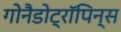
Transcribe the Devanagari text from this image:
गोनैडोट्रॉपिन्स